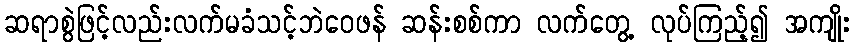
ဆရာစွဲဖြင့်လည်းလက်မခံသင့်ဘဲဝေဖန် ဆန်းစစ်ကာ လက်တွေ့ လုပ်ကြည့်၍ အကျိုး